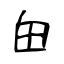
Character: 甶